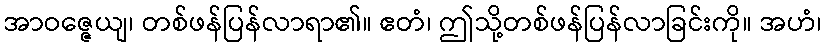
အာဝဇ္ဇေယျ၊ တစ်ဖန်ပြန်လာရာ၏။ ဧတံ၊ ဤသို့တစ်ဖန်ပြန်လာခြင်းကို။ အဟံ၊